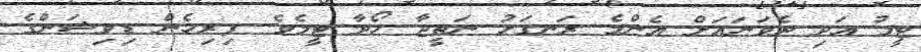
ޓީމު އަދި ދެވަނައަށް އެންމެ ރަނގަޅު ނަތީޖާ ހޯދާ ޓީމެވެ. ފިރިހެން ޑިވިޝަންގެ